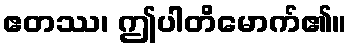
ဧတဿ၊ ဤပါတိမောက်၏။